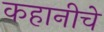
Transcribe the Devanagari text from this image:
कहानीचे